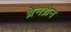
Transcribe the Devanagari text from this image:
ब्रेनथ्रेन